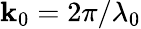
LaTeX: \mathbf{k}_{0}=2\pi/\lambda_{0}